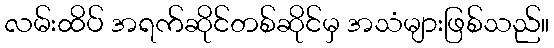
လမ်းထိပ် အရက်ဆိုင်တစ်ဆိုင်မှ အသံများဖြစ်သည်။